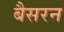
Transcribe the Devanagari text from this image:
बैसरन